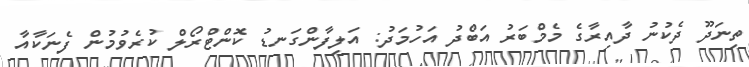
ތިނަދޫ ދެކުނު ދާއިރާގެ މެމްބަރު އަބްދު އަހުމަދު: އަލިފާންގަނޑު ކޮންޓްރޯލް ކުރެވުމުން ފެނަކާއާ